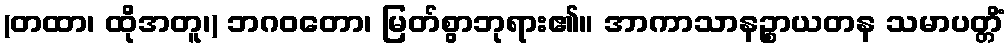
(တထာ၊ ထိုအတူ၊) ဘဂဝတော၊ မြတ်စွာဘုရား၏။ အာကာသာနဉ္စာယတန သမာပတ္တိံ